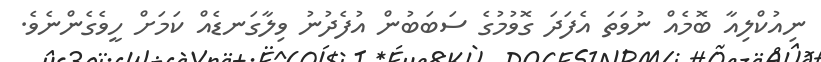
ނިއުކްލިއާ ބޮމެއް ނުވަތަ އެފަދަ ގޮވުމުގެ ސަބަބުން އުފެދުނު ވިލާގަނޑެއް ކަމަށް ހީވެގެންނެވެ.